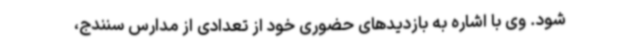
شود. وی با اشاره به بازدیدهای حضوری خود از تعدادی از مدارس سنندج،